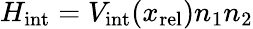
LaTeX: H_{\mathrm{int}}=V_{\mathrm{int}}(x_{\mathrm{rel}})n_{1}n_{2}